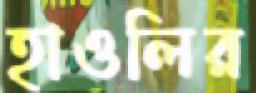
হাওলির